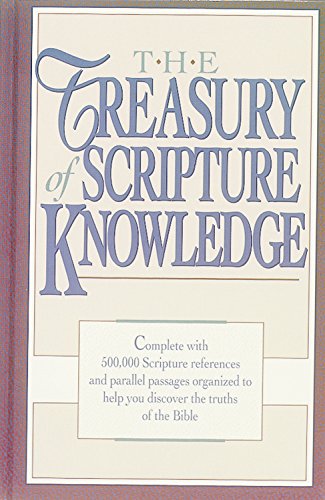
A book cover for The Treasury of Scripture Knowledge; R. A. Torrey; Christian Books & Bibles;